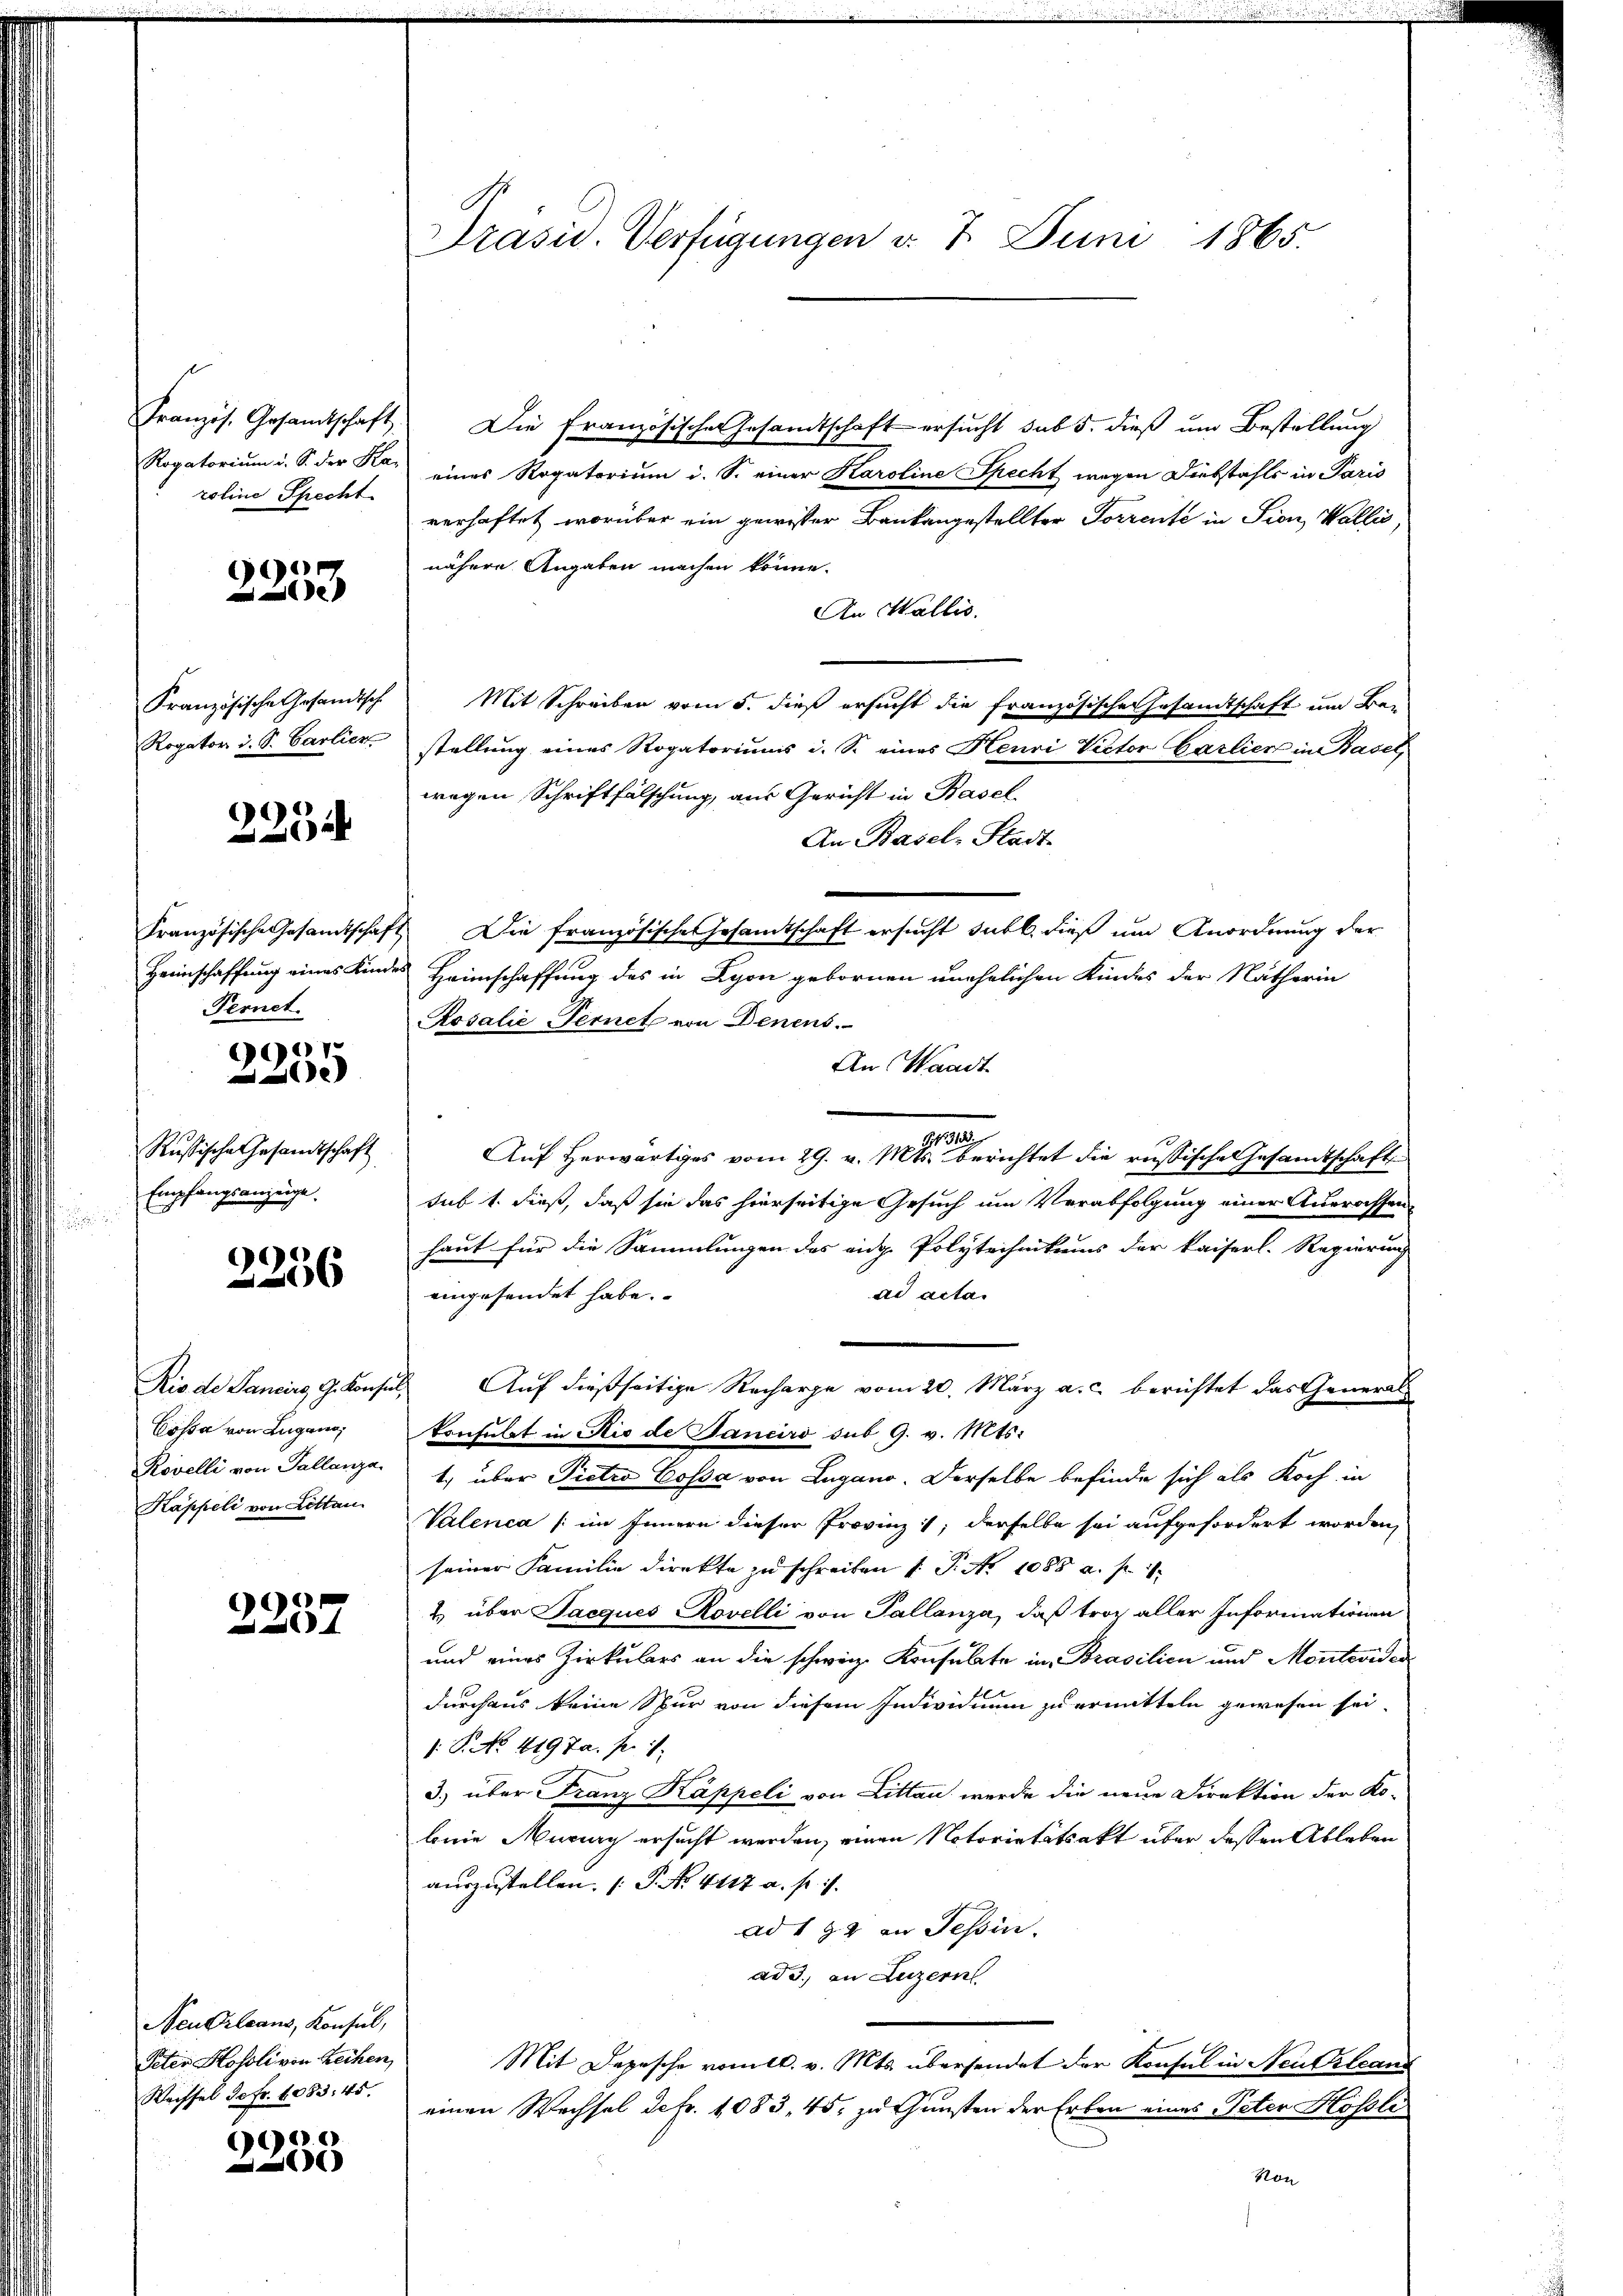
Französ. Gesandtschaft.
Rogatorium u. S. der Ha-
roline Specht.

e
e

Französische Gesandtsch.
Rogator d. S. Carlier

2254

Französische Gesandtschaft
Heimschaffung eines Kin
Fernet.

9907.
e

Russische Gesandtschaft
Empfangsanzeige.

2256

Rio de Sancirg, G. Konse
Cossa von Lugano,
Rovelli von Tallanza.
Kappeli von Litten

2257

Neu Orleans, Konsul,
Peter Kosoli von Reihen,
Wachsel de fr. 1083. 45.

6
1

Präsid. Verfügungen d. 7. Juni 1865.

Die Französischen Gesandtschaft ersucht sub 5. dieß um Bestellung
eines Rogatorium i. S. einer Karoline Specht wegen Diebstahls in Paris
verhaftet worüber ein gewisser Baukangestellter Forrente in Sien, Wallis,
nähere Angaben machen könne.
An Wallis.
Mit Schreiben vom 5. dieß ersucht die Französische Gesandtschaft um Bei
stellung eines Rogatoriums i. S. eines Henri Victor Carlier in Basel,
wegen Schriftfälschung, aus Gericht in Basel
An Basel-Stadt-
Die französische Gesamtschaft ersucht subt. dieß um Anordnung der
Heimschaffung des in Lyon gebornen unehelichen Kindes der Nätherin
Rosalie Ternet von Denens.
An Waadt.
1
1
Auf Herwärtiges vom 29. v. Mts. berichtet die russische Gesandtschaft
sub 1. dieß, daß sie das hierseitige Gesuch um Verabfolgung einer Ausrassen
haut für die Sammlungen des eidg. Polytechnikums der kaiserl. Regierung
eingesendet habe.
ad acta.
Auf dießseitige Recharge vom 20. März a.c. berichtet das Generalkonsulat in Ais de Janeiro sub 9. v. Mts.
1.) über Pietro Cossa von Lugano. Derselbe befinde sich als Koch in
Valenca (im Innern dieser Provinz, derselbe sei aufgefordert worden,
seiner Familie direkte zu schreiben (: P. Nr. 1088 a. p. 1
2 über Jacques Rovelli von Tallanza, daß troz aller Informationen
und eines Zirkulars an die schweiz. Konsulate in Brasilien und Monteviden
durchaus keine Spur von diesem Individuum zu ermitteln gewesen sei.
: P. No. 4197a. pr. 1
3) über Franz Kappeli von Littan werde die neue Direktion der Ko-
bnie Murig ersucht werden, einen Notorietätsakt über dessen Ableben
auszustellen. (T. No. 4117 a. p. 1.
ad 192 in Tessin.
ad 3., an Luzern
Mit Depesche vomtl. v. Mts. übersendet der Konsul in Neuchleans
einen Wechsel defr. 1083, 45, zu Gunsten der Erben eines Peter Hofsle
Von